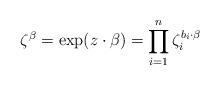
LaTeX: \begin{align*}\zeta^{\beta} = \exp( z \cdot \beta ) = \prod_{i=1}^{n} \zeta_i^{b_i \cdot \beta}\end{align*}